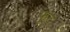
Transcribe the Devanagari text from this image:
फूट्